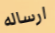
ارساله